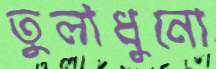
তুলাধুনো